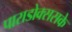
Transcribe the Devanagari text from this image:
पाराडोक्ससके